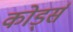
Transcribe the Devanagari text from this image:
कोर्ड्स